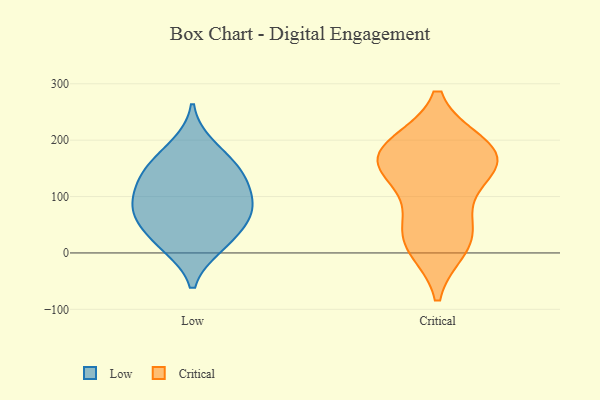
{"axis": {"x": "Gross Profit (USD K)", "y": "Value"}, "legend": ["Critical", "Low"], "data": [{"x": "", "y": 191, "type": "Low"}, {"x": "", "y": 154, "type": "Low"}, {"x": "", "y": 73, "type": "Low"}, {"x": "", "y": 150, "type": "Low"}, {"x": "", "y": 81, "type": "Low"}, {"x": "", "y": 111, "type": "Low"}, {"x": "", "y": 58, "type": "Low"}, {"x": "", "y": 101, "type": "Low"}, {"x": "", "y": 14, "type": "Low"}, {"x": "", "y": 136, "type": "Low"}, {"x": "", "y": 52, "type": "Low"}, {"x": "", "y": 11, "type": "Low"}, {"x": "", "y": 14, "type": "Critical"}, {"x": "", "y": 187, "type": "Critical"}, {"x": "", "y": 192, "type": "Critical"}, {"x": "", "y": 63, "type": "Critical"}, {"x": "", "y": 40, "type": "Critical"}, {"x": "", "y": 10, "type": "Critical"}, {"x": "", "y": 153, "type": "Critical"}, {"x": "", "y": 190, "type": "Critical"}, {"x": "", "y": 140, "type": "Critical"}, {"x": "", "y": 160, "type": "Critical"}, {"x": "", "y": 151, "type": "Critical"}]}